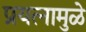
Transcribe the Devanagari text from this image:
प्रयत्‍नामुळे